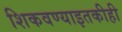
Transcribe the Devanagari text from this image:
शिकवण्याइतकीही